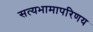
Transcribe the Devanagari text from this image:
सत्यभामापरिणय